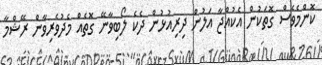
ކޮންމެވެސް ގޮތަކުން އެކުއްޖާ އަލުން ދިރިއުޅުން ދެކެ ލޯބިވާނޭ ގޮތެއް މެދުވެރިވާން ރޭޝްމާ